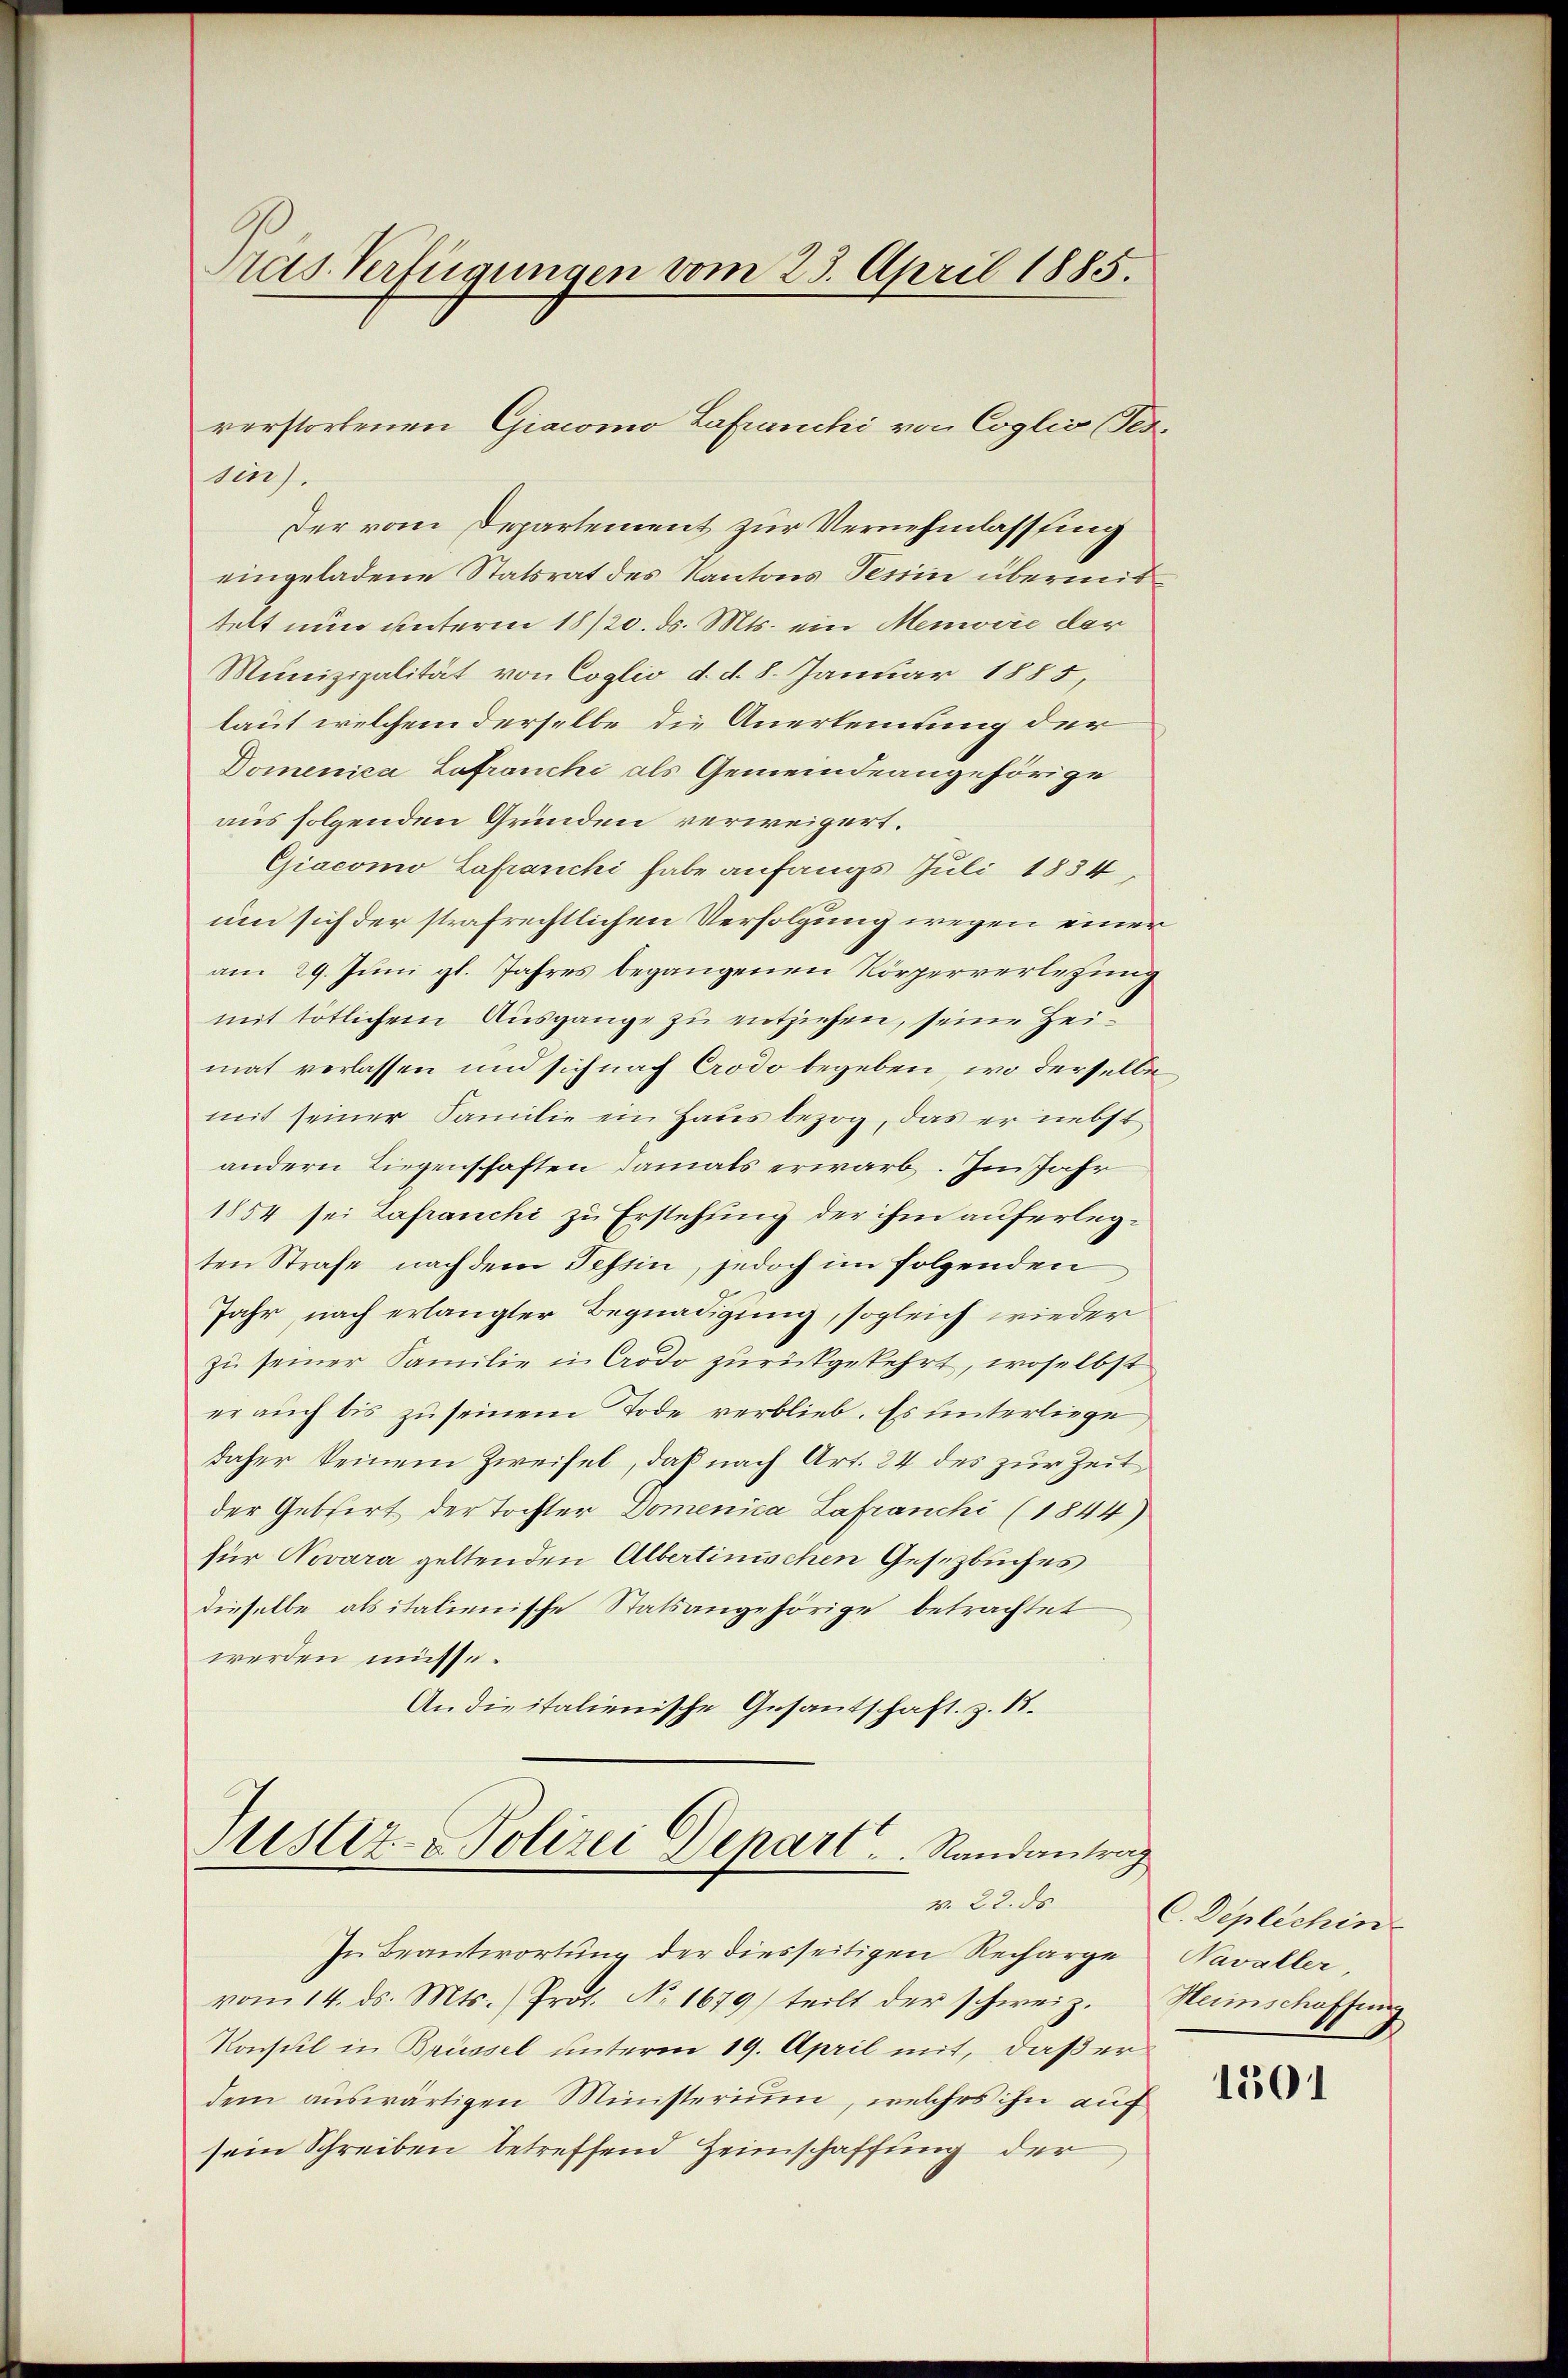
ras. Verfügungen vom 23. April 1885.

Sies.
Der vom Departement zur Vernehmlassung
eingeladene Statsrat des Kantons Tessin übermit
telt nun unterm 18/20. ds. Mts. ein Menwire der
Munizipalität von Coglio d. d. 8. Januar 1885,
laut welchem derselbe die Anerkennung der
Domenica Lafranchi als Gemeindeangehörige
aus folgenden Gründen verweigert.
Giacomo Lafarichi habe anfangs Juli 1834,
um sich der strafrechtlichen Verfolgung wegen einer
am 29. Juni gl. Jahres begangenen Körperverlegung
mit tötlichem Ausgange zu entziehen, seine Hei
mat verlassen und sich nach Crodo begeben, wo derselbe
mit seiner Familie ein Haus bezog, das er nebst
andern Liegenschaften damals erwarb. Im Jahr
1854 sei Lafranchi zu Erstehung der ihm auferlegten Strafe nach dem Tessin, jedoch im folgenden
Jahr, nach erlangter Begnadigung, sogleich wieder
zu seiner Familie in Crodo zurückgekehrt, woselbst
er auch bis zu seinem Tode verblieb. Es unterliege
daher seinem Zweifel, daß nach Art. 24 des zur Zeit
der Gebirt der Tochter Domenica Lafranchi (1844)
für Novara geltenden Albertinischen Gesetzbuches
dieselbe als italienische Statsangehörige betrachtet
werden müsse.
Andieitalienische Gesantschaft. Z. 18.
Sistiz- & Polizei Depart. Randantrag
v. 22. ds
In Beantwortung der diesseitigen Recharge Navaller,
vom 14. ds. Mts. (Prot. No. 1679) teilt der schweiz. Menschaffung
Konsul in Brüssel unterm 19. April mit, daß er
dem auswärtigen Ministerium, welches ihn auf
sein Schreiben betreffend Heimschaffung der

verstorbenen Giacomo Lafranchi von Coglio (Tes¬

C. Deplichin

1501